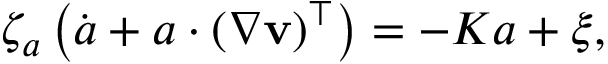
{ \zeta _ { a } } \left( \dot { \boldsymbol { a } } + \boldsymbol { a } \cdot ( \nabla \mathbf { v } ) ^ { \top } \right) = - K \boldsymbol { a } + \boldsymbol { \xi } ,